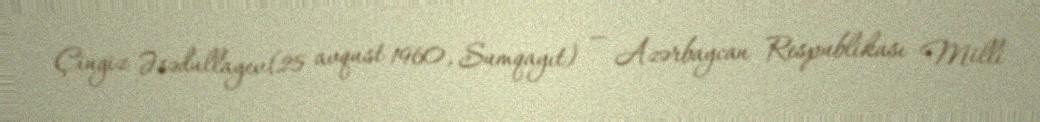
Çingiz Əsədullayev(25 avqust 1960, Sumqayıt) — Azərbaycan Respublikası Milli